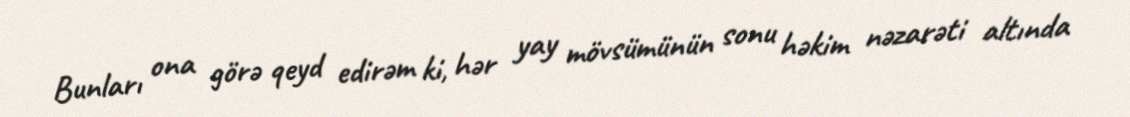
Bunları ona görə qeyd edirəm ki, hər yay mövsümünün sonu həkim nəzarəti altında